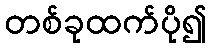
တစ်ခုထက်ပို၍